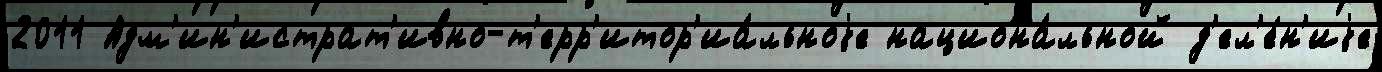
2011 Адм'ин'истрат'ивно-т'ерр'итор'иа́льноjе национа́льной д'ел'е́н'иjе